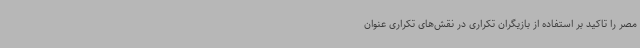
مصر را تاکید بر استفاده از بازیگران تکراری در نقش‌های تکراری عنوان